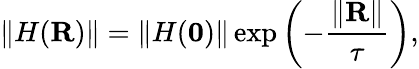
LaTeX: \left\Vert H(\mathbf{R})\right\Vert=\left\Vert H(\mathbf{0})\right\Vert\exp\left(-\frac{\left\Vert\mathbf{R}\right\Vert}{\tau}\right),